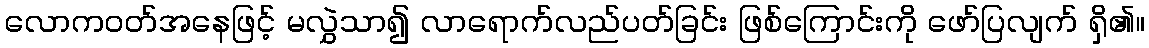
လောကဝတ်အနေဖြင့် မလွှဲသာ၍ လာရောက်လည်ပတ်ခြင်း ဖြစ်ကြောင်းကို ဖော်ပြလျက် ရှိ၏။